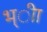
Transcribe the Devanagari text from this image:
भ्ीा